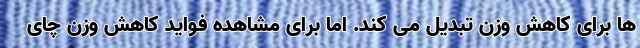
ها برای کاهش وزن تبدیل می کند. اما برای مشاهده فواید کاهش وزن چای